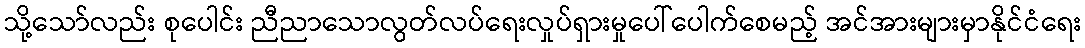
သို့သော်လည်း စုပေါင်း ညီညာသောလွတ်လပ်ရေးလှုပ်ရှားမှုပေါ်ပေါက်စေမည့် အင်အားများမှာနိုင်ငံရေး